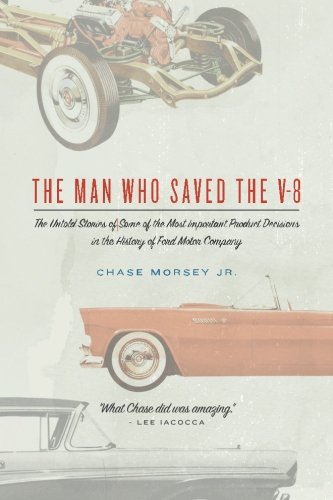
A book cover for The Man Who Saved the V-8: The Untold Stories of Some of the Most Important Product Decisions in the History of Ford Motor Company; Chase Morsey Jr.; Business & Money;